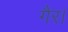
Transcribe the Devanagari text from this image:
गैर।